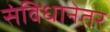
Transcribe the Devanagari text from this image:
संविधानेतर